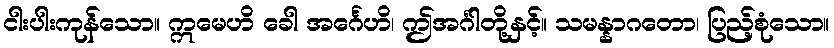
ငါးပါးကုန်သော။ ဣမေဟိ ခေါ အင်္ဂေဟိ၊ ဤအင်္ဂါတို့နှင့်။ သမန္နာဂတော၊ ပြည့်စုံသော။